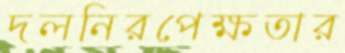
দলনিরপেক্ষতার